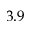
3 . 9